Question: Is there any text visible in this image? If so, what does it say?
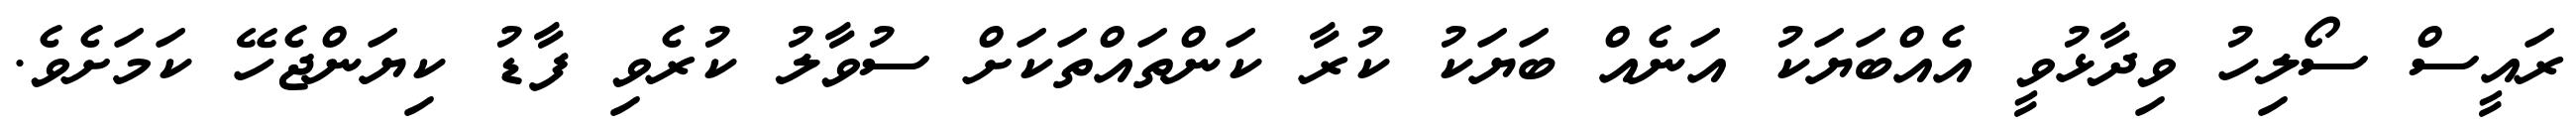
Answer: ރައީސް ސޯލިހު ވިދާޅުވީ އެއްބަޔަކު އަނެއް ބަޔަކު ކުރާ ކަންތައްތަކަށް ސުވާލު ކުރެވި ފާޑު ކިޔަންޖެހޭ ކަމަށެވެ.